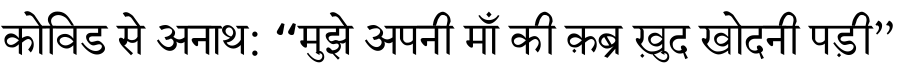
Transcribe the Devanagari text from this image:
कोविड से अनाथ: “मुझे अपनी माँ की क़ब्र ख़ुद खोदनी पड़ी”